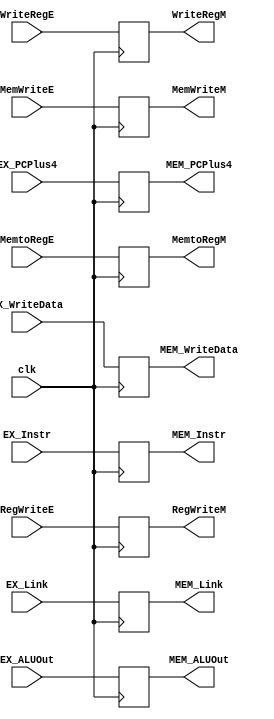
module EX_MEM_Reg(clk,RegWriteE,MemtoRegE,MemWriteE,WriteRegE,EX_ALUOut,EX_WriteData,EX_Link,EX_PCPlus4,EX_Instr,
RegWriteM,MemtoRegM,MemWriteM,WriteRegM,MEM_ALUOut,MEM_WriteData,MEM_Link,MEM_PCPlus4,MEM_Instr);
    input clk,RegWriteE,MemtoRegE,MemWriteE,EX_Link;
    input wire[4:0] WriteRegE;
    input wire[31:0] EX_ALUOut,EX_WriteData,EX_PCPlus4,EX_Instr;
    output reg RegWriteM,MemtoRegM,MemWriteM,MEM_Link;
    output reg[4:0] WriteRegM;
    output reg[31:0] MEM_ALUOut,MEM_WriteData,MEM_PCPlus4,MEM_Instr;
always @ (posedge clk)
begin
    RegWriteM<=RegWriteE;
    MemtoRegM<=MemtoRegE;
    MemWriteM<=MemWriteE;
    WriteRegM<=WriteRegE;
    MEM_ALUOut<=EX_ALUOut;
    MEM_WriteData<=EX_WriteData;
    MEM_Link<=EX_Link;
    MEM_PCPlus4 <= EX_PCPlus4;
    MEM_Instr <= EX_Instr;

end
endmodule //ex_mem_reg